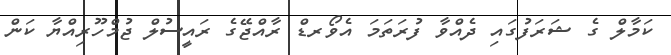
ކަމާލް ގެ ޝަރަފުގައި ދެއްވާ ފުރަތަމަ އެވޯރޑް ރާއްޖޭގެ ރައީސުލް ޖުމްހޫރިއްޔާ ކަން